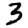
Digit: 3